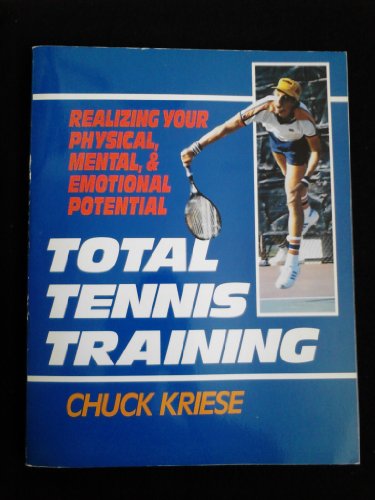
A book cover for Total Tennis Training; Chuck Kriese; Sports & Outdoors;